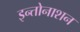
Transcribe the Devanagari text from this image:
इन्तोनाशन